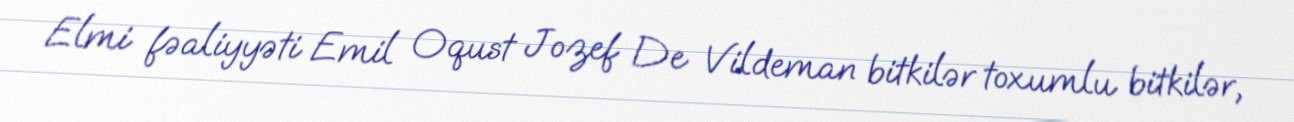
Elmi fəaliyyəti Emil Oqust Jozef De Vildeman bitkilər toxumlu bitkilər,